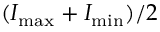
( I _ { \mathrm { m a x } } + I _ { \mathrm { m i n } } ) / 2